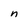
Character: n